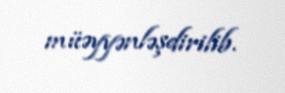
müəyyənləşdirilib.